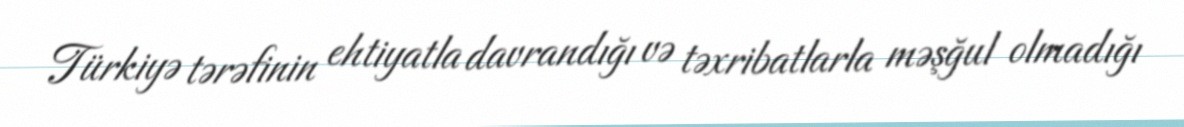
Türkiyə tərəfinin ehtiyatla davrandığı və təxribatlarla məşğul olmadığı